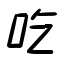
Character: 吃